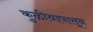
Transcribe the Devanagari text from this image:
कुळीथापासून